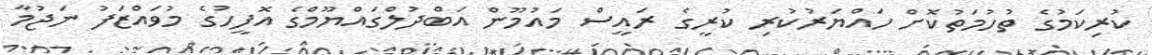
ކުރިކަމުގެ ތުހުމަތުކޮށް ހައްޔަރުކުރި ކުރީގެ ރައީސް މައުމޫން އަބްދުލްގައްޔޫމްގެ އޮފީހުގެ މުވައްޒަފު ނަޖުމާ